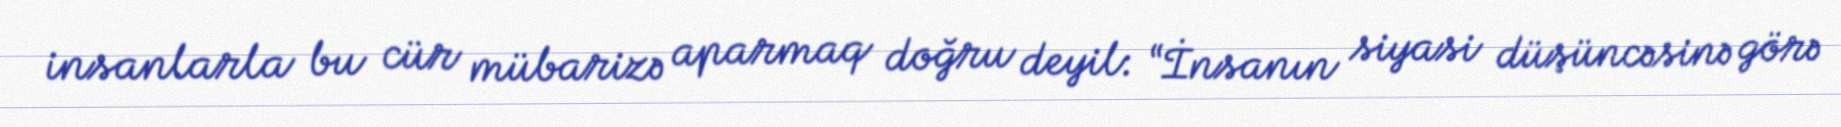
insanlarla bu cür mübarizə aparmaq doğru deyil: “İnsanın siyasi düşüncəsinə görə